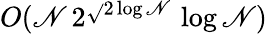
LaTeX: O(\mathscr{N}\, 2^{\sqrt{}{{2\log\mathscr{N}}}}\, \log\mathscr{N})